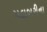
મલબરીના